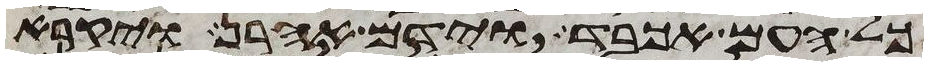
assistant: כל העם אכבד וידם אהרן ויקרא